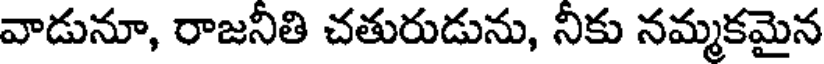
వాడునూ, రాజనీతి చతురుడును, నీకు నమ్మకమైన